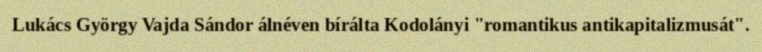
Lukács György Vajda Sándor álnéven bírálta Kodolányi "romantikus antikapitalizmusát".